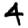
Digit: 4